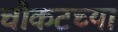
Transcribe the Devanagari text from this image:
चौकटच्या